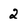
Character: 2